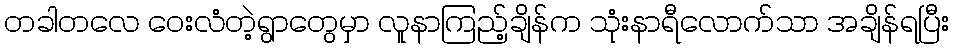
တခါတလေ ဝေးလံတဲ့ရွာတွေမှာ လူနာကြည့်ချိန်က သုံးနာရီလောက်သာ အချိန်ရပြီး